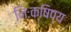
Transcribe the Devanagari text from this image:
निःक्षिप्य